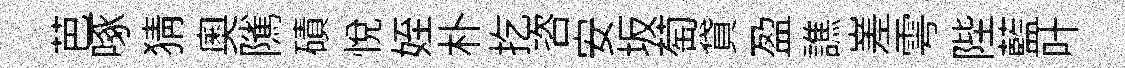
芭啄猜奧隲磧悦姪朴扢咨安坂萄貸盈譙嵳雩陛藍叶